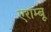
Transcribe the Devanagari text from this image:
एराम्बू